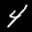
Label: 4